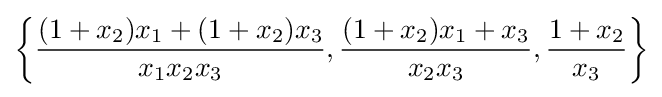
\left\{{\frac {(1+x_{2})x_{1}+(1+x_{2})x_{3}}{x_{1}x_{2}x_{3}}},{\frac {(1+x_{2})x_{1}+x_{3}}{x_{2}x_{3}}},{\frac {1+x_{2}}{x_{3}}}\right\}